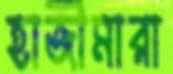
হাজীমারা